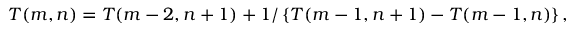
T ( m , n ) = T ( m - 2 , n + 1 ) + 1 / \left\{ T ( m - 1 , n + 1 ) - T ( m - 1 , n ) \right\} ,